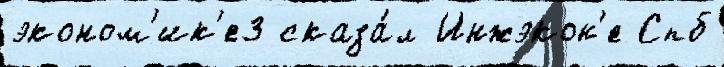
эконом'ик'е3 сказа́л Инжэкон'е Спб